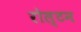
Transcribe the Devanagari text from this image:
रोल्टन